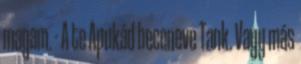
magam. - A te Apukád beceneve Tank. Vagy más